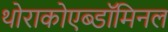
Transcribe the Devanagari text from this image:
थोराकोएब्डॉमिनल